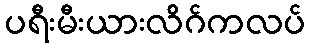
ပရီးမီးယားလိဂ်ကလပ်